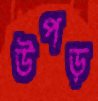
উপড়